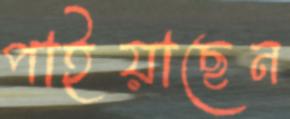
পাইয়াছেন